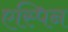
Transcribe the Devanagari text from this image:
एस्पिन